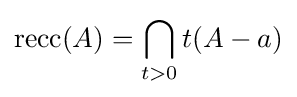
\operatorname {recc} (A)=\bigcap _{t>0}t(A-a)